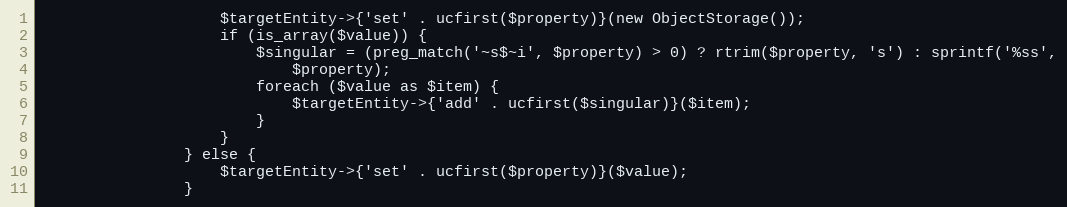
Language: PHP
                    $targetEntity->{'set' . ucfirst($property)}(new ObjectStorage());
                    if (is_array($value)) {
                        $singular = (preg_match('~s$~i', $property) > 0) ? rtrim($property, 's') : sprintf('%ss',
                            $property);
                        foreach ($value as $item) {
                            $targetEntity->{'add' . ucfirst($singular)}($item);
                        }
                    }
                } else {
                    $targetEntity->{'set' . ucfirst($property)}($value);
                }